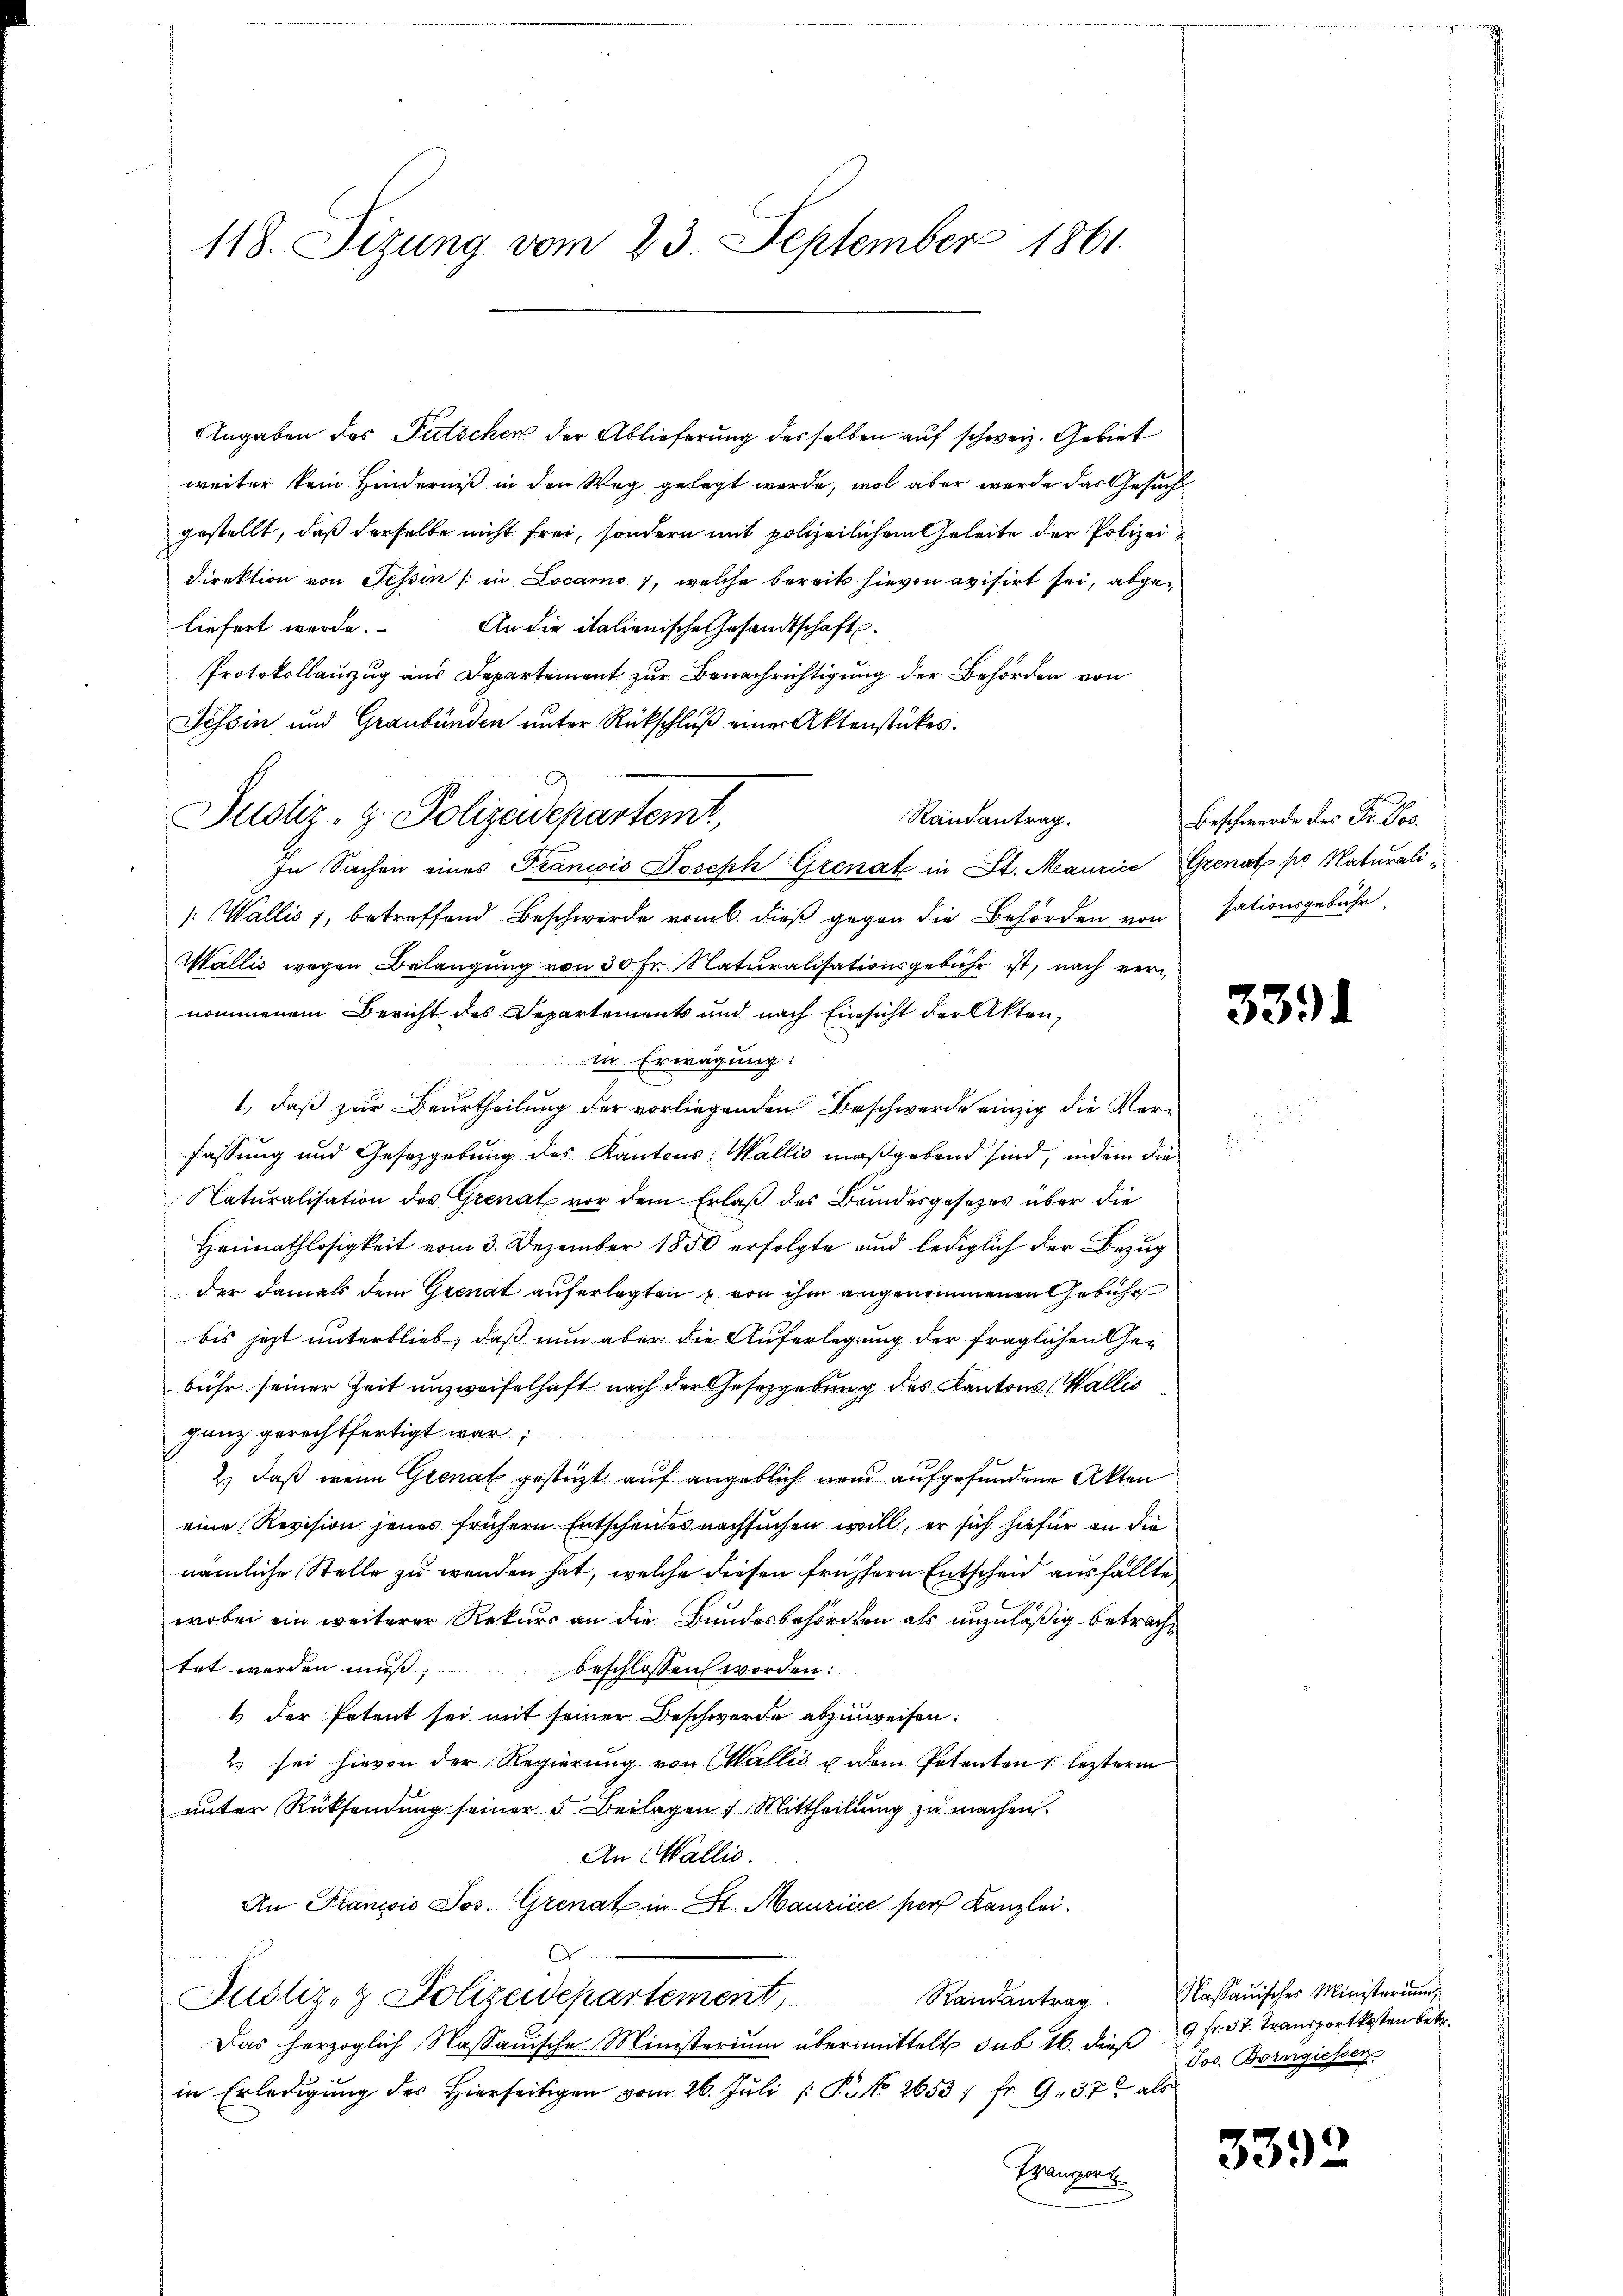
118. Sizung vom 23. September 1861.

Angaben des Putschen der Ablieferung desselben auf schweiz. Gebiet
weiter kein Hinderniß in den Weg gelegt werde, wol aber werde das Gesuch
gestellt, daß derselbe nicht frei, sondern mit polizeilichem Geleite der Polizei
Direktion von Tessin /: in Locarno, welche bereits hievon avisirt sei, abgeliefert werde. An die italienische Gesandtschaft.
Protokollauszug aus Departement zur Benachrichtigung der Behörden von
Tessin und Graubünden unter Rückschluß einer Aktenstückes.
Randantrag.
/: Wallis 1, betreffend Beschwerde vom 6. dieβ gegen die Behörden von sationsgebühr,
Wallis wegen Belangung von 30 Fr. Naturalisationsgebühr ist, nach vernommenem Bericht des Departements und nach Einsicht der Akten,
In Erwägung:
1., daß zur Beurtheilung der vorliegenden Beschwerde einzig die Verfassung und Gesetzgebung des Kantons (Wallis maßgebend sind, indem die
Naturalisation des Grenat vor dem Erlaß des Bundesgesetzes über die
Heimathlosigkeit vom 3. Dezember 1850 erfolgte und lediglich der Bezug
der damals dem Gienat auferlegten von ihm angenommenen Gebühr
bis jetzt unterblieb, daß nun aber die Auferlegung der fraglichen Gebühr seiner Zeit unzweifelhaft nach der Gesetzgebung des Kantons (Wallis
ganz gerechtfertigt war
2.) daß wenn Grenat gestüzt auf angeblich neue aufgefundene Akten
eine Revision jenes frühern Entscheides nachsuchen will, er sich hiefür an die
nämliche Stelle zu wenden hat, welche diesen frühern Entscheid ausfällte
wobei ein weiterer Rekurs an die Bundesbehörden als unzuläßig betrachtet werden muß;
beschlossen worden:
1 der Petent sei mit seiner Beschwerde abzuweisen.
2 sei hievon der Regierung von Wallis u dem Petenten 1 lezterm
unter Rücksendung seiner 5. Beilagen. Mittheilung zu machen.
An Wallis.
An Francis Jos. Grenat in St. Maurice pers Kanzlei.
G
Justiz- & Polizeidepartement, Randantrag.
Das herzoglich Nassauische Ministerium übermittelt sub 16. dieß
in Erledigung des hierseitigen vom 26. Jŭli /: P. No 2653 / fr. 9. 37 als
Baupont

Justiz- & Polizeidepartemt,
In Sachen eines Francois Joseph Grenat in St. Maurice Grenat pr Naturali¬

Beschwerde des Fr. Jos.

3391

Nassauisches Ministerium,
9 Fr. 37. Transportkosten betr.
Jos. Borngiessen.

3392